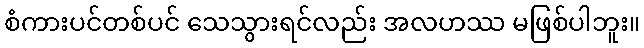
စံကားပင်တစ်ပင် သေသွားရင်လည်း အလဟဿ မဖြစ်ပါဘူး။